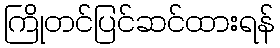
ကြိုတင်ပြင်ဆင်ထားရန်